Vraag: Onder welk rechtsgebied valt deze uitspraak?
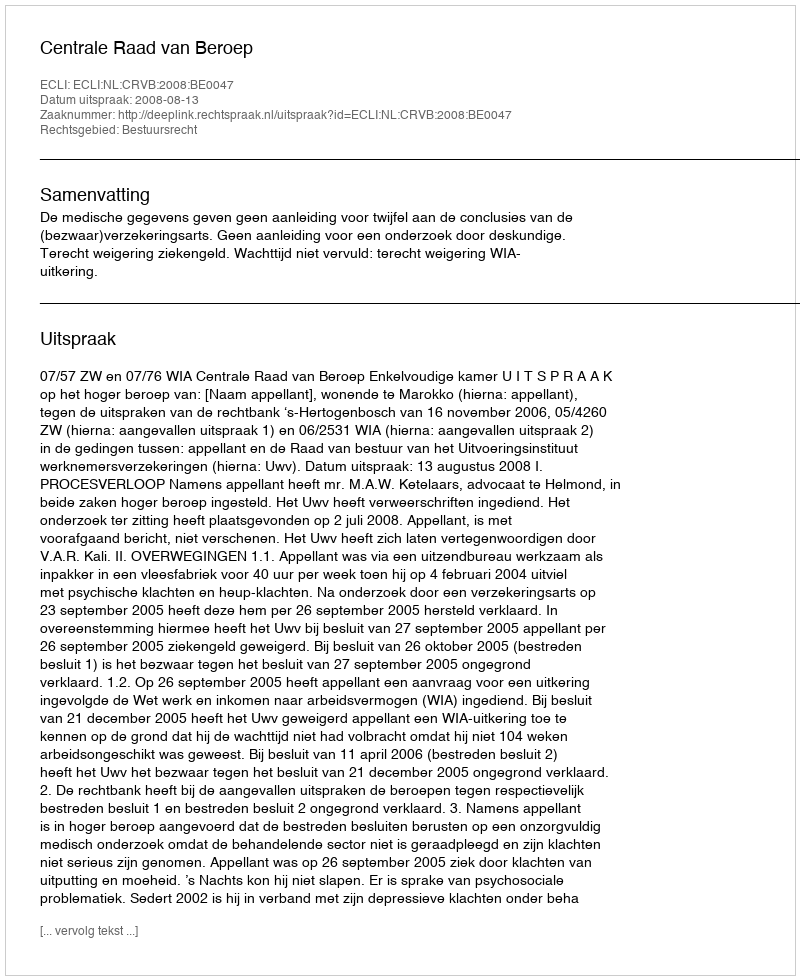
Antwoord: Bestuursrecht